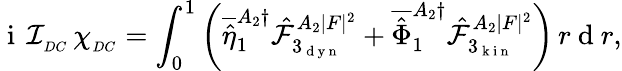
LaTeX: \mathrm{~i~}\, \mathcal{I}_{_{DC}}\, \chi_{_{DC}}=\int_{0}^{1}\left(\overline{{\hat{\eta}}}_{1}^{A_{2}\dagger}\hat{\mathcal{F}}_{3_{\mathrm{~d~y~n~}}}^{A_{2}|F|^{2}}+\overline{{\hat{\Phi}}}_{1}^{A_{2}\dagger}\hat{\mathcal{F}}_{3_{\mathrm{~k~i~n~}}}^{A_{2}|F|^{2}}\right)\, r\mathrm{~d~}r,